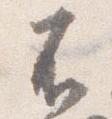
不